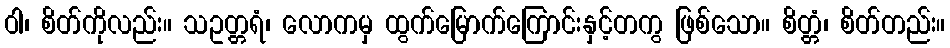
ဝါ၊ စိတ်ကိုလည်း။ သဥတ္တရံ၊ လောကမှ ထွက်မြောက်ကြောင်းနှင့်တကွ ဖြစ်သော။ စိတ္တံ၊ စိတ်တည်း။